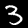
Digit: 3